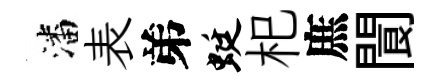
潘表弟蜓𣏌庶閬